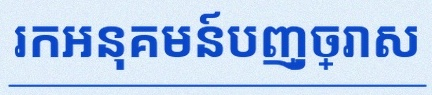
រកអនុគមន៍បញ្ច្រាស